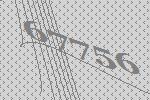
67756